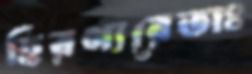
হিরণ্যরেতাঃ